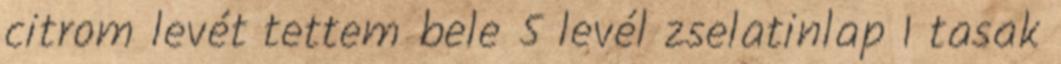
citrom levét tettem bele 5 levél zselatinlap 1 tasak